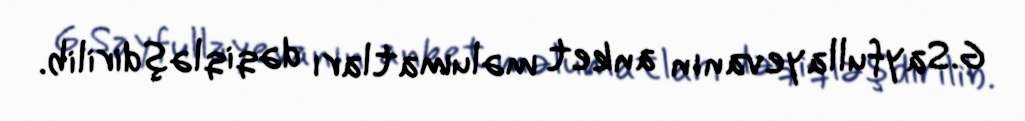
G.Sayfullayevanın anket məlumatları dəqiqləşdirilib.